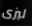
ليزى